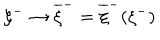
\xi ^ { - } \rightarrow \overline { { { \xi } } } ^ { - } = \overline { { { \xi } } } ^ { - } ( \xi ^ { - } )